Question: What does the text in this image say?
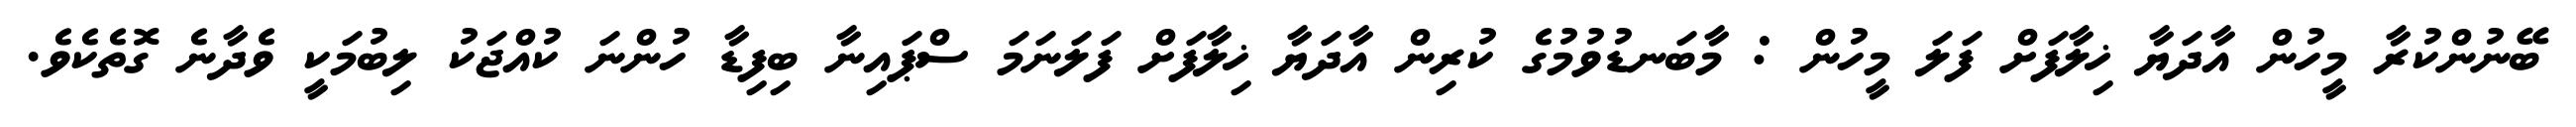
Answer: ބޭނުންކުރާ މީހުން އާދަޔާ ޚިލާފަށް ފަލަ މީހުން : މާބަނޑުވުމުގެ ކުރިން އާދަޔާ ޚިލާފަށް ފަލަނަމަ ސްޕައިނާ ބިފިޑާ ހުންނަ ކުއްޖަކު ލިބުމަކީ ވެދާނެ ގޮތެކެވެ.